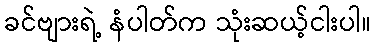
ခင်ဗျားရဲ့ နံပါတ်က သုံးဆယ့်ငါးပါ။